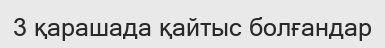
3 қарашада қайтыс болғандар